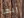
ربما